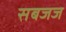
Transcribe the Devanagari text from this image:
सबजज